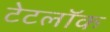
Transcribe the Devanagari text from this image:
टेटलॉक